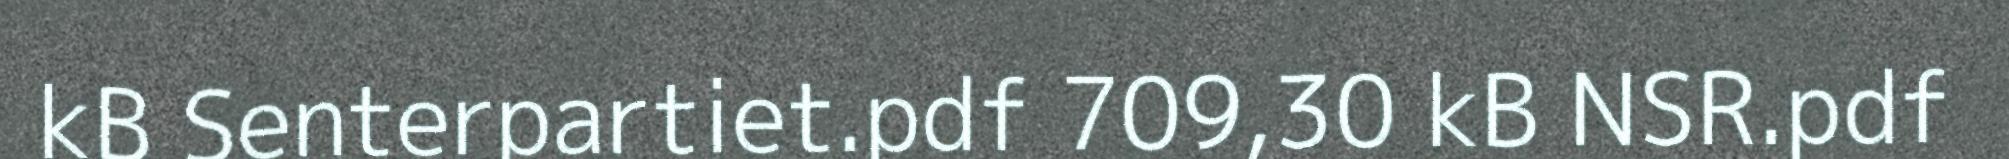
kB Senterpartiet.pdf 709,30 kB NSR.pdf